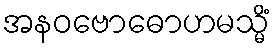
အနဝဗောဓောဟမသ္မိံ